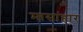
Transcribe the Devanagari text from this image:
मासांहार